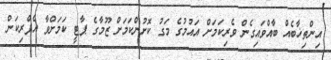
އިންތިޚާބެއް ބާއްވައިގެން ވެރިކަމަށް އައުމުގެ މަގު ކޮށުންކަމަށް ޒޫމާގެ ޕާޓީ ކަމަށްވާ އެފްރިކަން